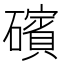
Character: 礗